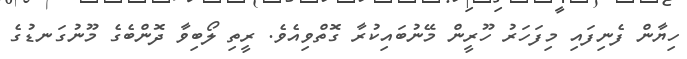
ހިޔާން ފެނިފައި މިފަހަރު ހޫރީން މޭނުބައިކުރާ ގޮތްވިއެވެ. ރީތި ލޯބިވާ ދޮންބެގެ މޫނުގަނޑުގެ